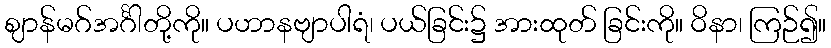
ဈာန်မဂ်အင်္ဂါတို့ကို။ ပဟာနဗျာပါရံ၊ ပယ်ခြင်း၌ အားထုတ် ခြင်းကို။ ဝိနာ၊ ကြဉ်၍။